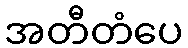
အတီတံပေ